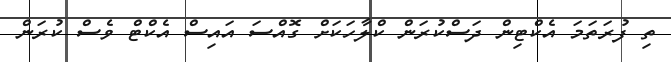
ތި ފުރަތަމަ އެކްޓިން ދަސްކުރަން ކްލާހަކަށް ގޮއްސަ އައިސް އެކްޓް ވެސް ކުރަން